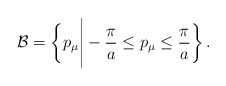
\begin{align*}{\cal B} = \biggl\{ p_\mu \Bigg| -{\displaystyle \frac{\pi}{a}} \le p_\mu \le {\displaystyle \frac{\pi}{a}} \biggr\}\,.\end{align*}